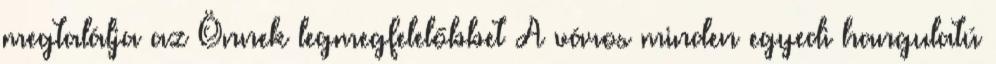
megtalálja az Önnek legmegfelelőbbet A város minden egyedi hangulatú